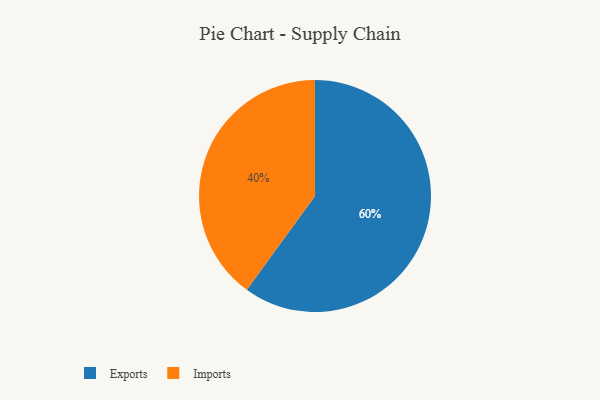
{"axis": {"x": "Category", "y": "Percentage"}, "legend": ["Exports", "Imports"], "data": [{"x": "Exports", "y": 60, "type": "Exports"}, {"x": "Imports", "y": 40, "type": "Imports"}]}